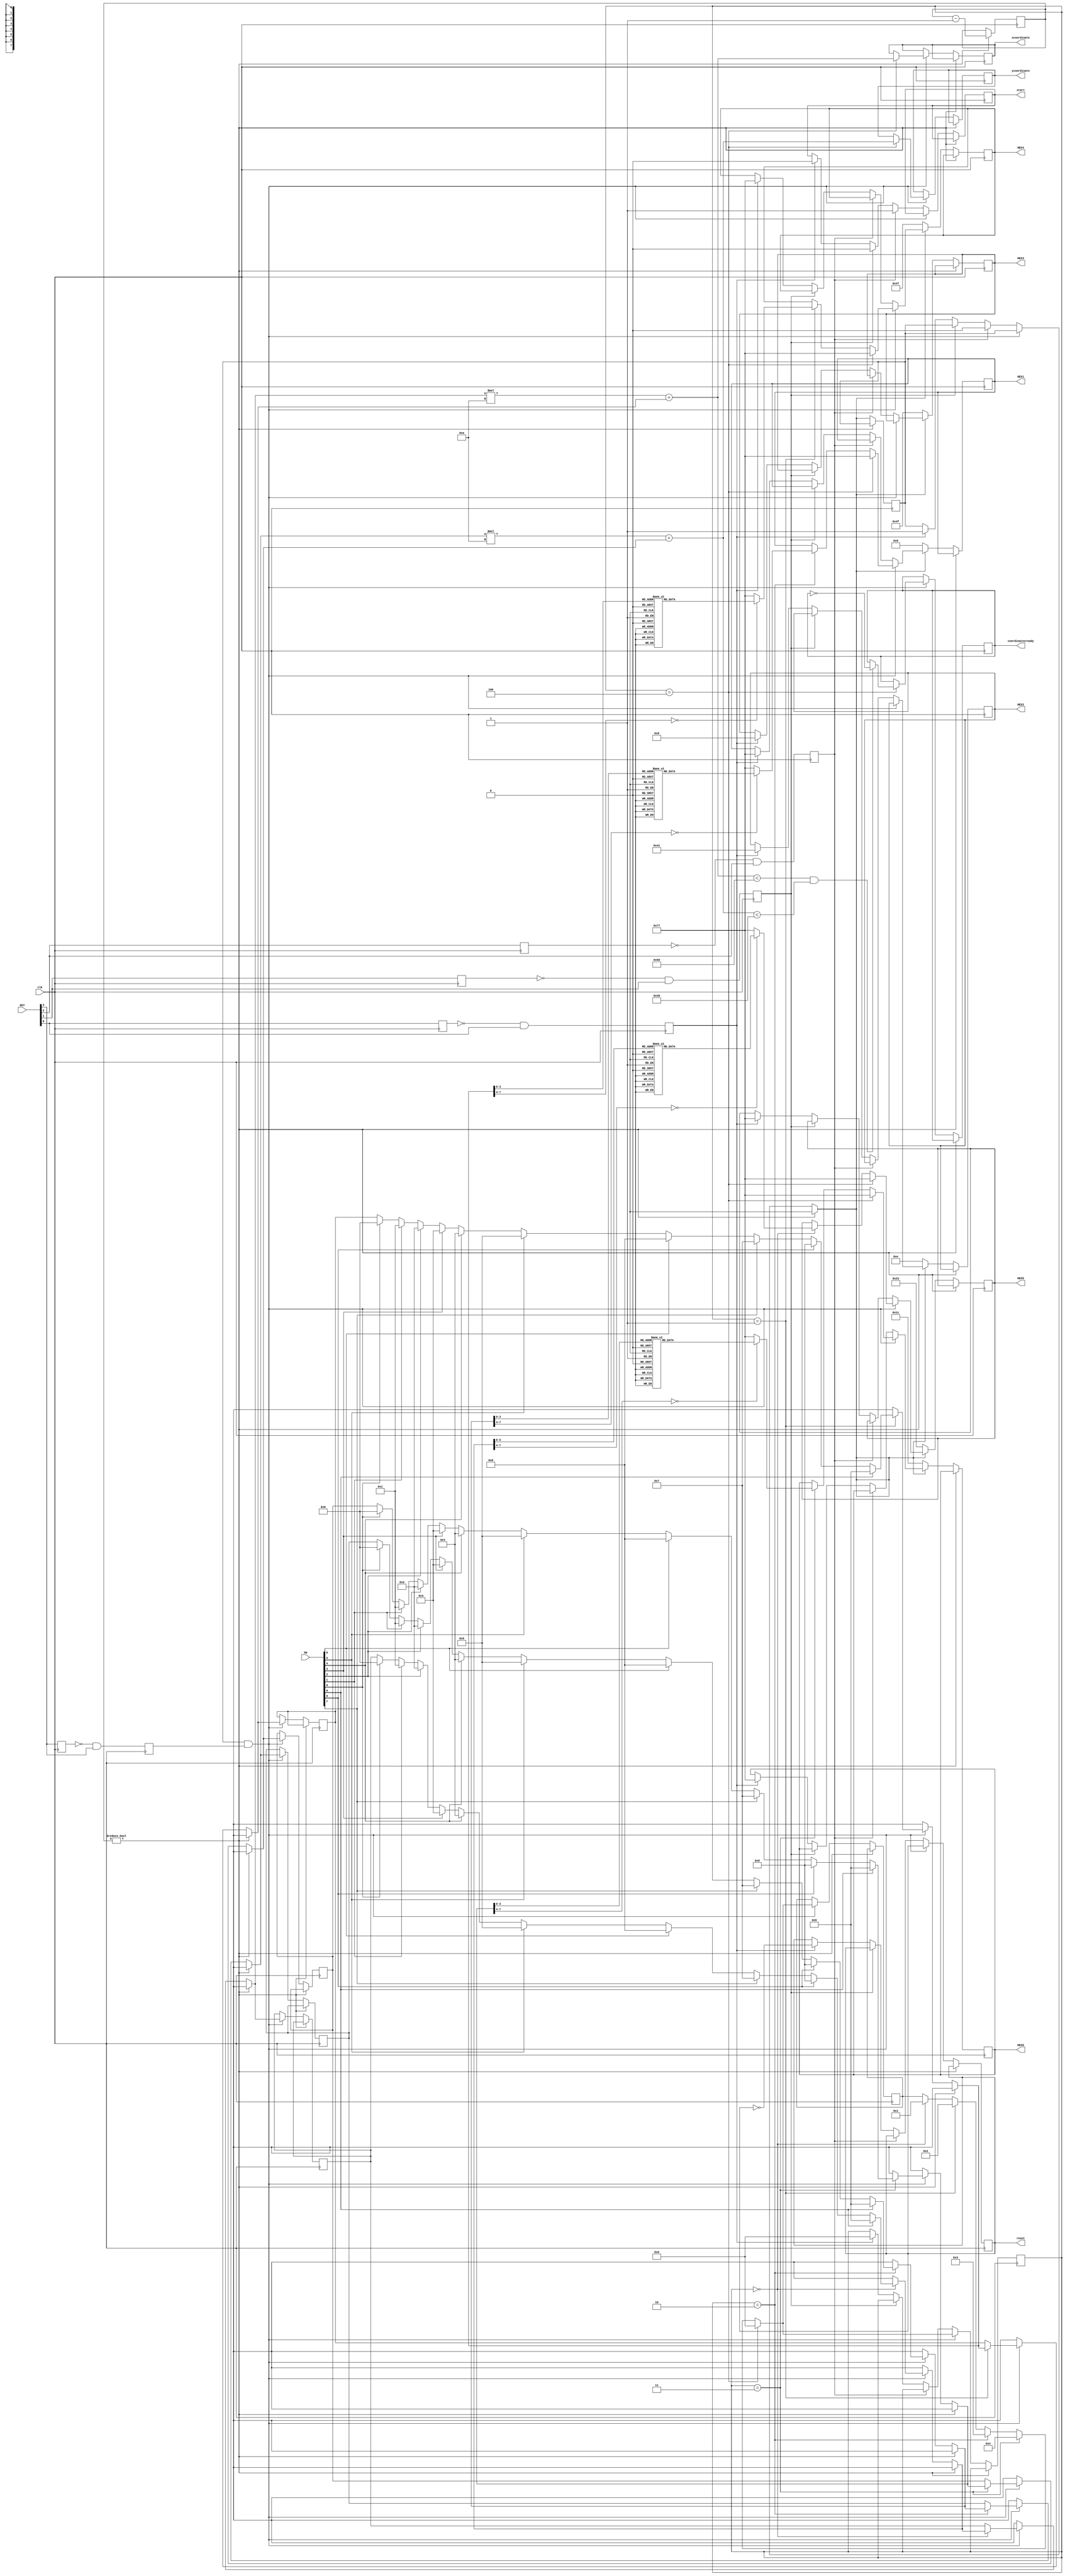
module inputinterface(
    input clk,
    input [9:0] SW,
    input [3:0] KEY,
	 output reg [6:0] HEX0,
	 output reg [6:0] HEX1,
	 output reg [6:0] HEX2,
	 output reg [6:0] HEX3,
	 output reg [6:0] HEX4,
	 output reg [6:0] HEX5,
	 output reg [7:0] xcoordinate,
	 output reg [7:0] ycoordinate,
	 output reg coordinatesready,
	 output reg start,
	 output reg reset
);

reg [7:0] digit1 = 0;
reg [7:0] digit2 = 0;
reg [7:0] digit3 = 0;
reg [7:0] digit4 = 0;

reg [3:0] state = 0;
reg [3:0] next_state = 0;

reg inputprev;
reg pressedinput = 0;
reg startprev;
reg pressedstart = 0;
reg pauseprev;
reg pressedpause = 0;
reg resetprev;
reg pressedreset = 0;

reg [7:0] first = 100;
reg inputmode = 1;
integer i;

initial begin 
HEX0 = 7'b1110111;
HEX1 = 7'b1110111;
HEX2 = 7'b1000001;
HEX3 = 7'b0001001;
HEX4 = 7'b1110111;
HEX5 = 7'b1110111;
start = 0;
end

always @(posedge clk) begin
inputprev <= KEY[3];
pressedinput <= !inputprev && KEY[3];
end

always @(posedge clk) begin
startprev <= KEY[2];
pressedstart <= !startprev && KEY[2];
end

always @(posedge clk) begin
pauseprev <= KEY[1];
pressedpause <= !pauseprev && KEY[1];
end

always @(posedge clk) begin
resetprev <= KEY[0];
pressedreset <= !resetprev && KEY[0];
end

function [6:0] display_digit;
  input [7:0] digit;
  begin
    case (digit)
      8'd0: display_digit = 7'b1000000;
      8'd1: display_digit = 7'b1111001;
      8'd2: display_digit = 7'b0100100;
      8'd3: display_digit = 7'b0110000;
      8'd4: display_digit = 7'b0011001;
      8'd5: display_digit = 7'b0010010;
      8'd6: display_digit = 7'b0000010;
      8'd7: display_digit = 7'b1111000;
      8'd8: display_digit = 7'b0000000;
      8'd9: display_digit = 7'b0010000;
      default: display_digit = 7'b1110111; // default to displaying _
    endcase
  end
endfunction

always @(posedge clk) begin
	if (first != 0) first = first - 1;
	else begin
		if(inputmode && pressedinput) begin
			if (state == 0) begin
				next_state = 1;
				for (i = 0; i < 10; i = i + 1) begin
					if (SW[i]) digit1 = i;
				end
				HEX5 = display_digit(digit1);	 
			end
			if (state == 1) begin
				next_state = 2;
				for (i = 0; i < 10; i = i + 1) begin
					if (SW[i]) digit2 = i;
				end
				HEX4 = display_digit(digit2);	 			 
			end
			if (state == 2) begin
				next_state = 3;
				for (i = 0; i < 10; i = i + 1) begin
					if (SW[i]) digit3 = i;
				end
				HEX1 = display_digit(digit3);
			end
			if (state == 3) begin	
				next_state = 4;
				for (i = 0; i < 10; i = i + 1) begin
					if (SW[i]) digit4 = i;
				end
				HEX0 = display_digit(digit4);
			end	 
			if (state==4) begin 
				HEX0 = 7'b1110111;
				HEX1 = 7'b1110111;
				HEX4 = 7'b1110111;
				HEX5 = 7'b1110111;
				xcoordinate = digit1 * 10 + digit2;
				ycoordinate = digit3 * 10 + digit4;
				if (xcoordinate < 80 && ycoordinate < 48) begin
					coordinatesready = ~coordinatesready;
				end
				next_state = 0;
			end 
			state = next_state;
		end
		else if(pressedstart) begin
			start = 1;
			inputmode = 0;
		end
		else if(pressedpause) begin
			start = 0;
		end
		else if(pressedreset) begin
			start = 0;
			inputmode = 1;
			HEX0 = 7'b1110111;
			HEX1 = 7'b1110111;
			HEX2 = 7'b1000001;
			HEX3 = 7'b0001001;
			HEX4 = 7'b1110111;
			HEX5 = 7'b1110111;
			reset = ~reset;
			state = 0;
		end
		if(inputmode == 0) begin
			HEX0 = 7'b0011100;
			HEX1 = 7'b0000110;
			HEX2 = 7'b0001110;
			HEX3 = 7'b1001111;
			HEX4 = 7'b1000111;
			HEX5 = 7'b0100011;
		end
	end  
end

endmodule